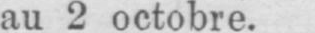
au 2 octobre.